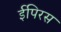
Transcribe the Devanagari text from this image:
ईपिरस